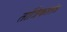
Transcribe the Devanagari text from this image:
तांत्रिकातंत्र